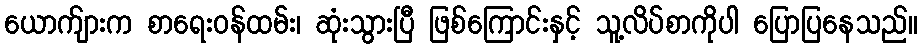
ယောက်ျားက စာရေးဝန်ထမ်း၊ ဆုံးသွားပြီ ဖြစ်ကြောင်းနှင့် သူ့လိပ်စာကိုပါ ပြောပြနေသည်။